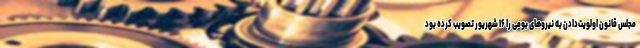
مجلس قانون اولویت‌دادن به نیروهای بومی را ۱۶ شهریور تصویب کرده بود